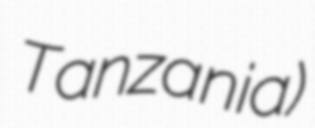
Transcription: Tanzania)